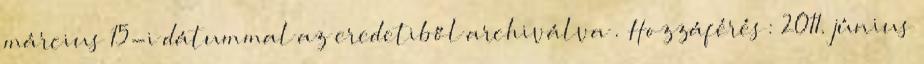
március 15-i dátummal az eredetiből archiválva . Hozzáférés: 2011. június